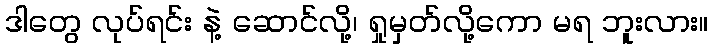
ဒါတွေ လုပ်ရင်း နဲ့ ဆောင်လို့၊ ရှုမှတ်လို့ကော မရ ဘူးလား။